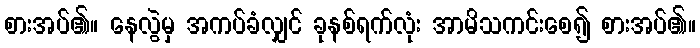
စားအပ်၏။ နေလွဲမှ အကပ်ခံလျှင် ခုနစ်ရက်လုံး အာမိသကင်းစေ၍ စားအပ်၏။